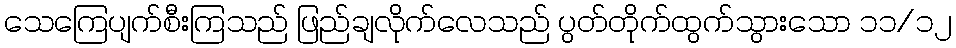
သေကြေပျက်စီးကြသည် ဖြည်ချလိုက်လေသည် ပွတ်တိုက်ထွက်သွားသော ၁၁/၁၂